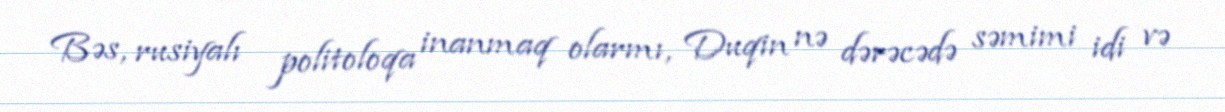
Bəs, rusiyalı politoloqa inanmaq olarmı, Duqin nə dərəcədə səmimi idi və